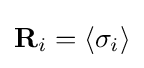
\mathbf {R} _{i}=\langle \sigma _{i}\rangle